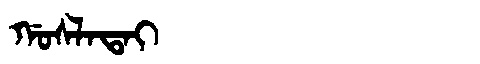
Manchu: ᡤᠣᠰᠯᠠᡨᠠᡳ
Romanization: GOSLATAI